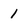
Character: 1